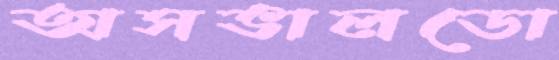
অসভালডো